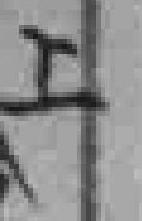
上